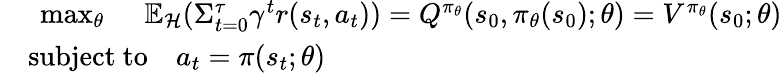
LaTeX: \begin{array}{rl}&{\mathrm{~\operatorname*{max}_{\theta}~}\quad\mathbb{E}_{\mathcal{H}}(\Sigma_{t=0}^{\tau}\gamma^{t}r(s_{t},a_{t}))=Q^{\pi_{\theta}}(s_{0},\pi_{\theta}(s_{0});\theta)=V^{\pi_{\theta}}(s_{0};\theta)}\\ &{\mathrm{subject~to}\quad a_{t}=\pi(s_{t};\theta)}\end{array}